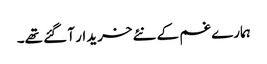
ہمارے غم کے نئے خریدار آ گئے تھے۔